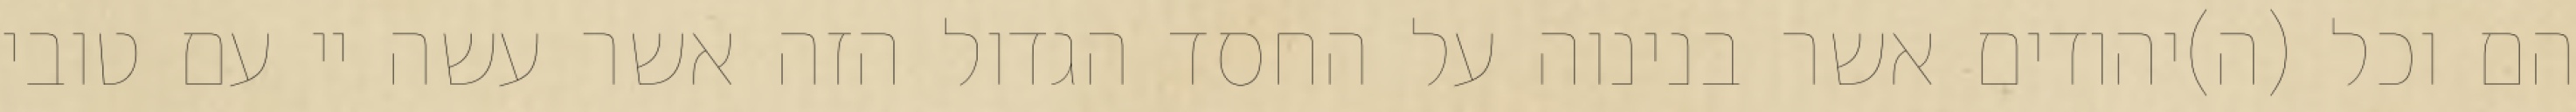
הם וכל (ה)יהודים אשר בנינוה על החסד הגדול הזה אשר עשה יי עם טובי